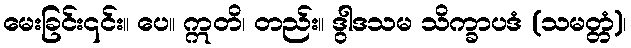
မေးခြင်း၎င်း။ ပေ။ ဣတိ၊ တည်း။ ဒွါဒသမ သိက္ခာပဒံ (သမတ္တံ)၊